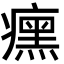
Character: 𬏼